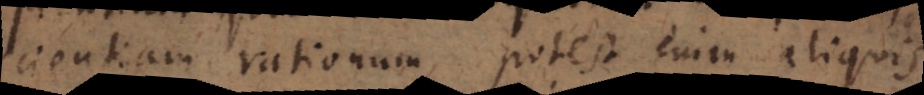
scientiam rationum, potest enim aliquis